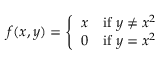
f ( x , y ) = { \left\{ \begin{array} { l l } { x } & { { \mathrm { i f ~ } } y \neq x ^ { 2 } } \\ { 0 } & { { \mathrm { i f ~ } } y = x ^ { 2 } } \end{array} \right. }